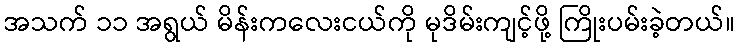
အသက် ၁၁ အရွယ် မိန်းကလေးငယ်ကို မုဒိမ်းကျင့်ဖို့ ကြိုးပမ်းခဲ့တယ်။